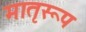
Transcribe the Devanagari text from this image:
मातृरूप